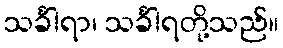
သင်္ခါရာ၊ သင်္ခါရတို့သည်။